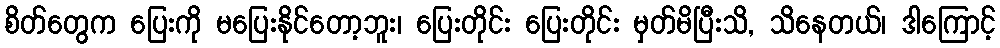
စိတ်တွေက ပြေးကို မပြေးနိုင်တော့ဘူး၊ ပြေးတိုင်း ပြေးတိုင်း မှတ်မိပြီးသိ, သိနေတယ်၊ ဒါကြောင့်